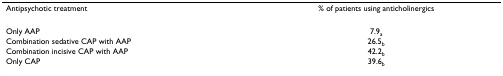
<table><thead><tr><td><b>Antipsychotic treatment</b></td><td><b>% of patients using anticholinergics</b></td></tr></thead><tbody><tr><td>Only AAP</td><td>7.9<sub>a</sub></td></tr><tr><td>Combination sedative CAP with AAP</td><td>26.5<sub>b</sub></td></tr><tr><td>Combination incisive CAP with AAP</td><td>42.2<sub>b</sub></td></tr><tr><td>Only CAP</td><td>39.6<sub>b</sub></td></tr></tbody></table>